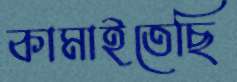
কামাইতেছি